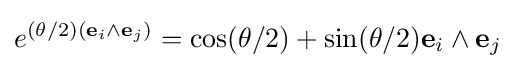
e^{(\theta /2)(\mathbf {e} _{i}\wedge \mathbf {e} _{j})}=\cos(\theta /2)+\sin(\theta /2)\mathbf {e} _{i}\wedge \mathbf {e} _{j}